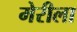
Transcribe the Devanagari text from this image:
मेरीला